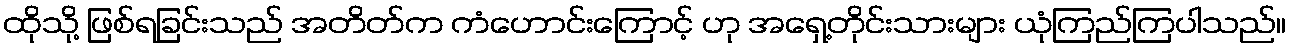
ထိုသို့ ဖြစ်ရခြင်းသည် အတိတ်က ကံဟောင်းကြောင့် ဟု အရှေ့တိုင်းသားများ ယုံကြည်ကြပါသည်။